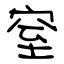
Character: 窒